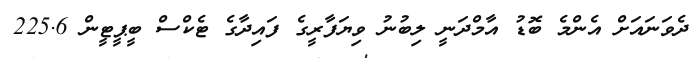
ދެވަނައަށް އެންމެ ބޮޑު އާމްދަނީ ލިބުނު ވިޔަފާރީގެ ފައިދާގެ ޓެކްސް ބީޕީޓީން 225.6